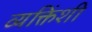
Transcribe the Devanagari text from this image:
व्यक्तिंशी